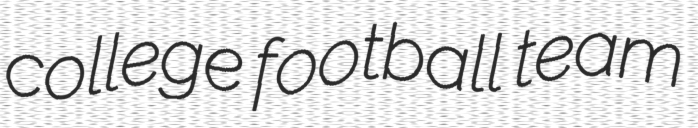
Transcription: college football team